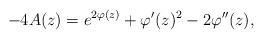
LaTeX: \begin{align*} -4A(z)=e^{2\varphi(z)}+{\varphi}'(z)^2-2\varphi^{\prime\prime}(z), \end{align*}